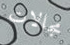
مجالات